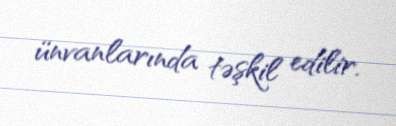
ünvanlarında təşkil edilir.